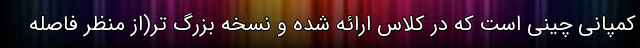
کمپانی چینی است که در کلاس ارائه شده و نسخه بزرگ تر(از منظر فاصله